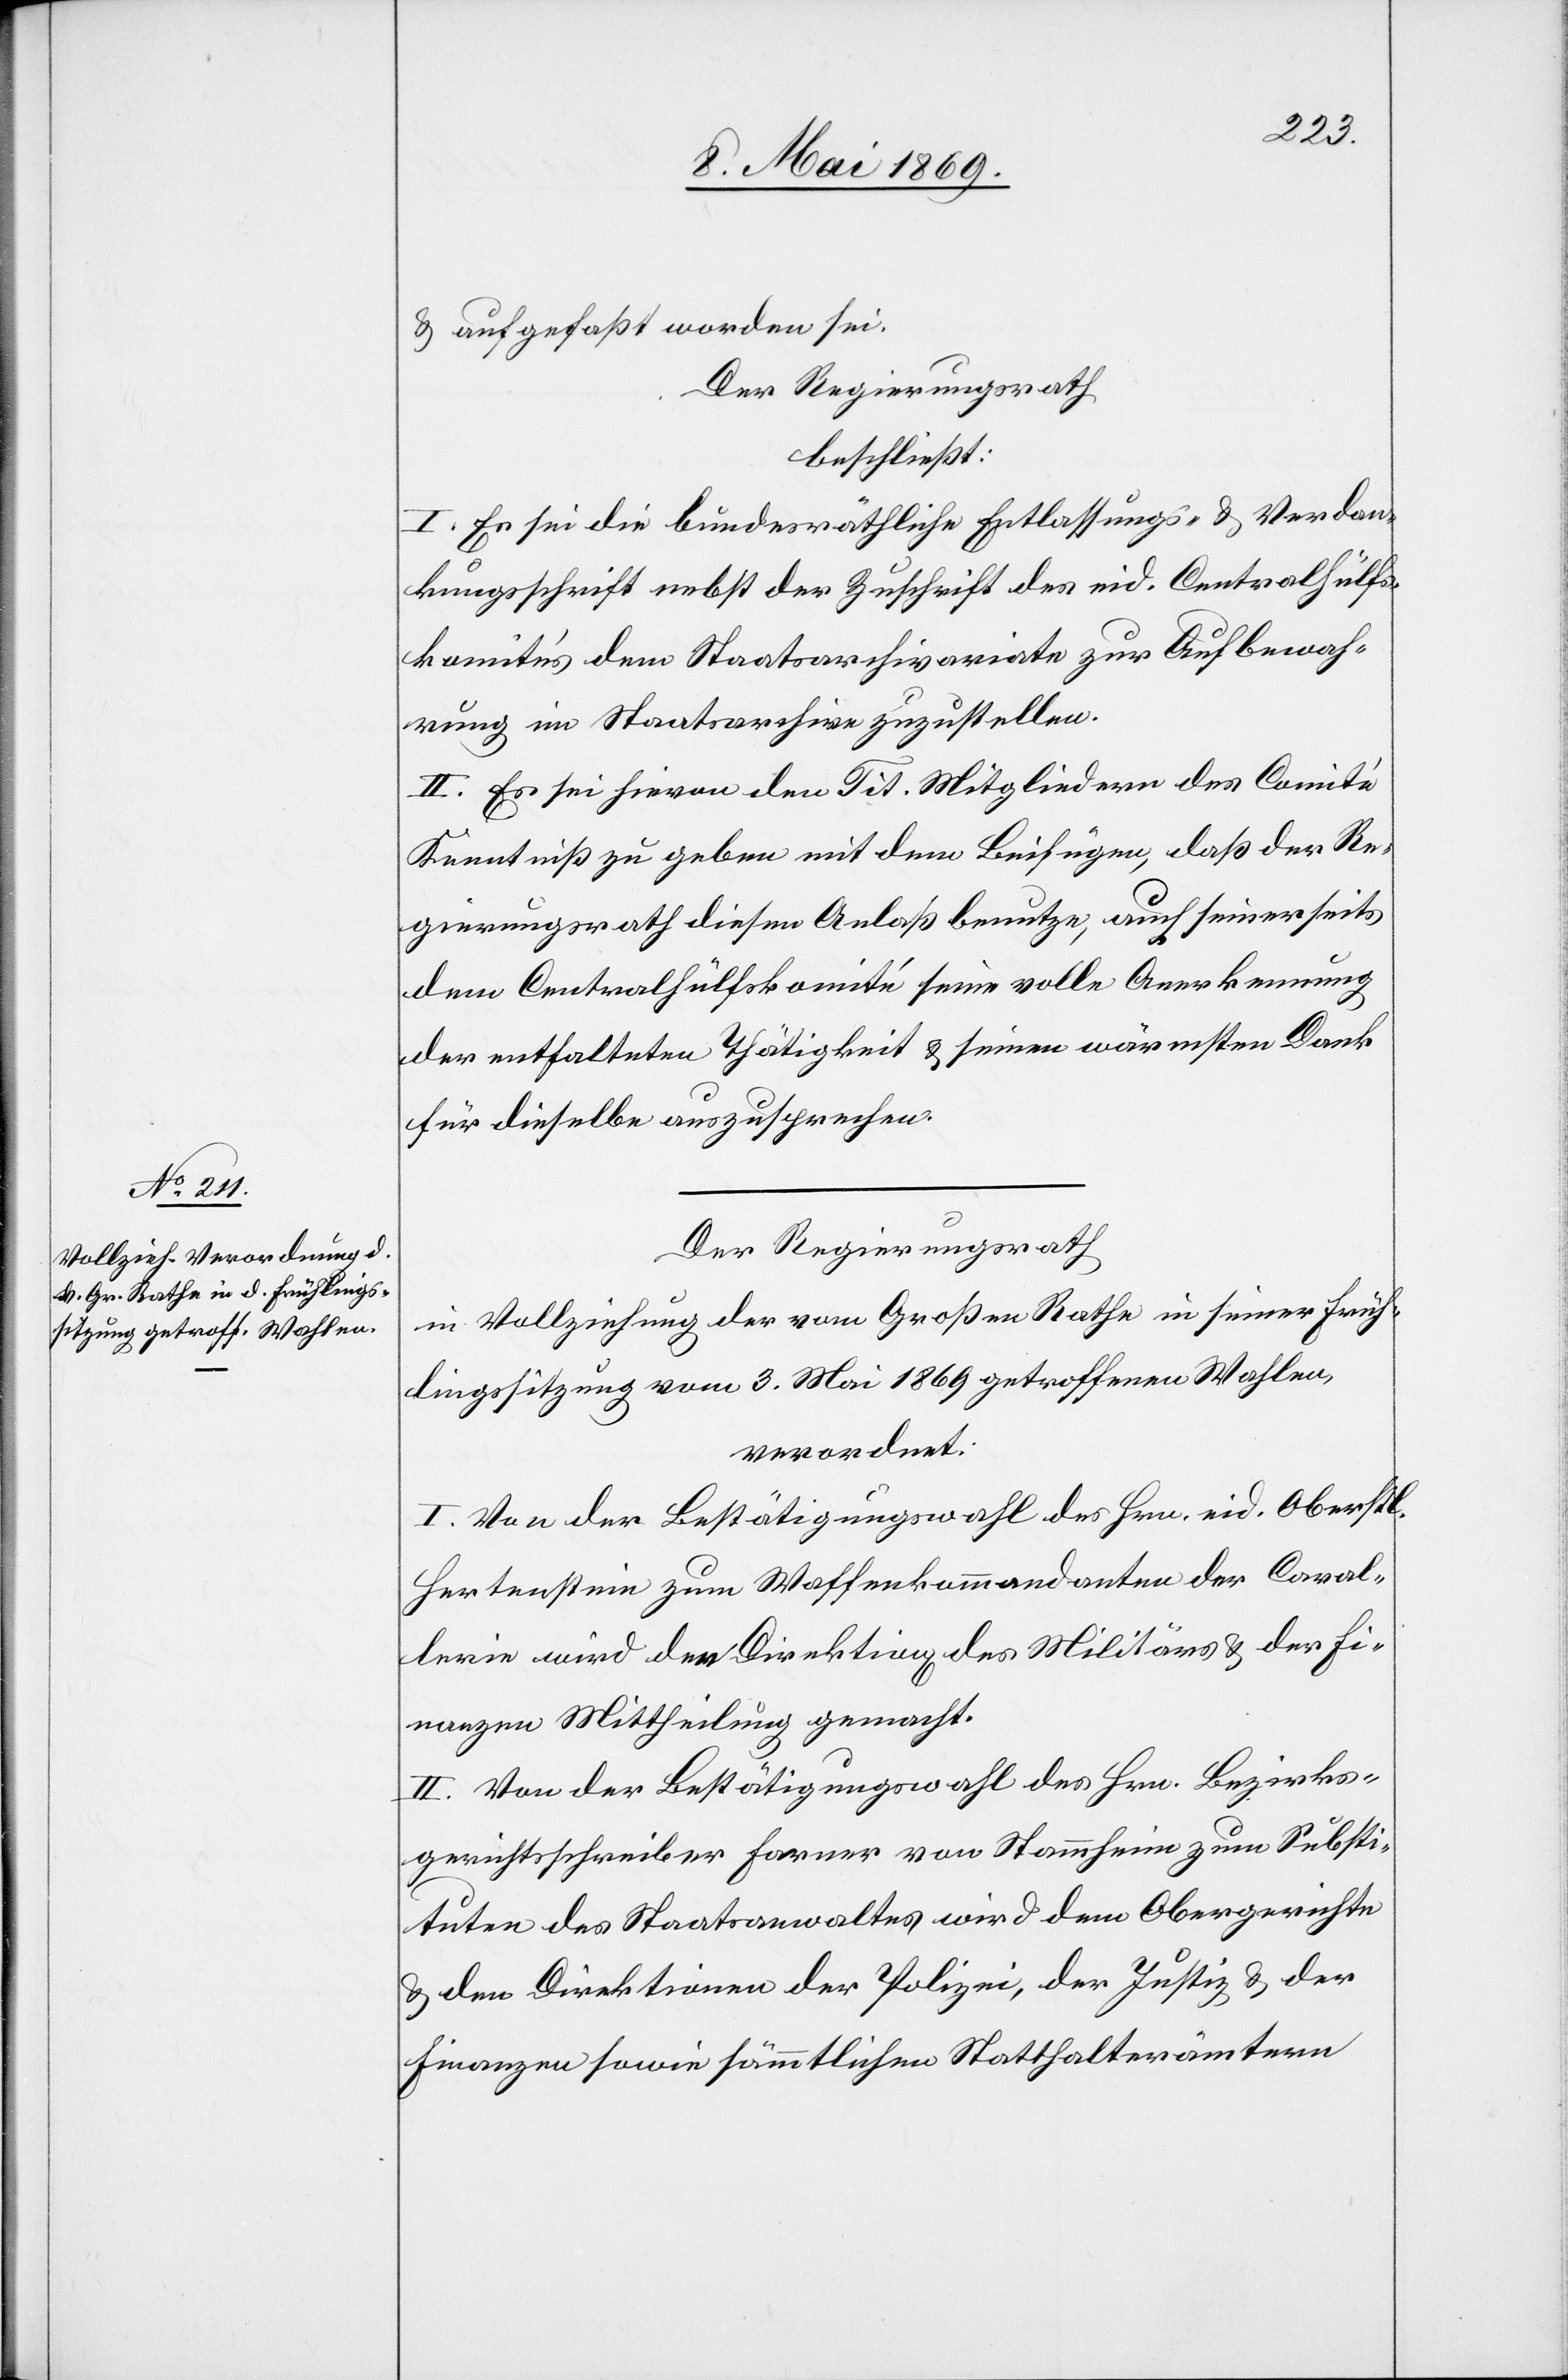
anzen
u. aufgefaßt worden sei.
Der Regierungsrath
beschließt:
I. Es sei die bundesräthliche Entlassungs- u. Verdan¬
kungsschrift nebst der Zuschrift des eid. Centralhülfs¬
komités dem Staatsarchivariate zur Aufbewah¬
rung im Staatsarchive zuzustellen.
II. Es sei hievon den Tit. Mitgliedern des Comité
Kenntniß zu geben mit dem Beifügen, daß der Re¬
gierungsrath diesen Anlaß benutze, auch seinerseits
dem Centralhülfskomité seine volle Anerkennung
der entfalteten Thätigkeit u. seinen wärmsten Dank
für dieselbe auszusprechen.
Der Regierungsrath
in Vollziehung der vom Großen Rathe in seiner Früh¬
lingssitzung vom 3. Mai 1869 getroffenen Wahlen,
verordnet:
I. Von der Bestätigungswahl des Hrn. eid. Oberstl.
Hertenstein zum Waffenkommandanten der Caval¬
lerie wird den Direktion[en] des Militärs u. der Fin¬
II. Von der Bestätigungswahl des Hrn. Bezirks¬
gerichtsschreiber Farner von Stammheim zum Substi¬
tuten des Staatsanwaltes wird dem Obergerichte
u. den Direktionen der Polizei, der Justiz u. der
Finanzen sowie sämmtlichen Statthalterämtern